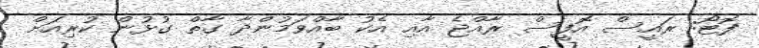
ފޮޓޯ: ރައީސް އޮފީސް ރާއްޖެ އާއި އެކު ބާއްވަމުންދާ ގާތް ގުޅުން ކުރިއަށް